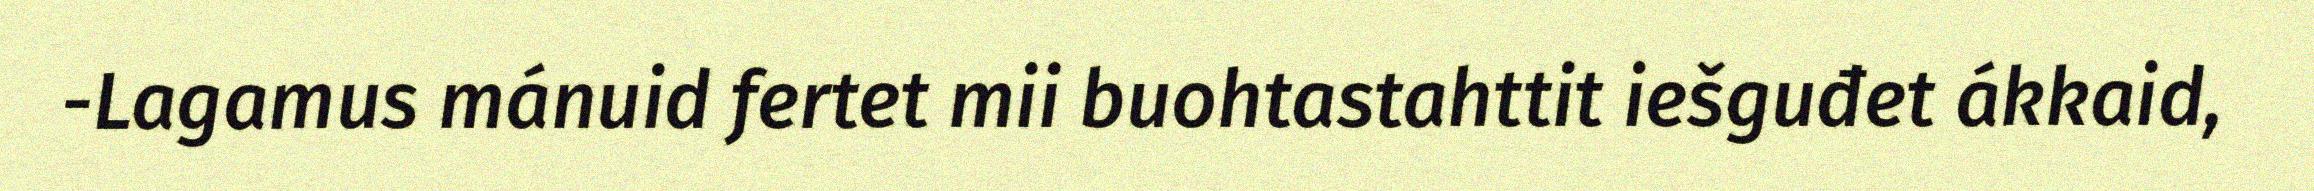
-Lagamus mánuid fertet mii buohtastahttit iešguđet ákkaid,